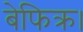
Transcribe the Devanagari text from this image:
बेफिक्र।